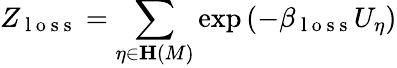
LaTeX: Z_{\mathrm{~l~o~s~s~}}=\sum_{\eta\in\mathbf{H}\left(M\right)}\exp\left(-\beta_{\mathrm{~l~o~s~s~}}U_{\eta}\right)